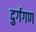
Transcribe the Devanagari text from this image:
दुर्गगण